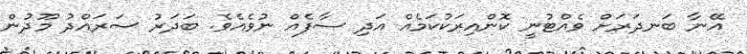
އޭނާ ބަނދަރަށް ވެއްޓުނީ ކޮންއިރަކުކަމެއް އަދި ސާފެއް ނުވެއެވެ. ބަދަރު ސަރައްދު މޫދުން